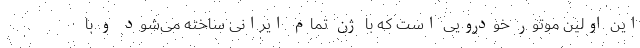
این اولین موتور خودرویی است که با ژن تمام ایرانی ساخته می‌شود و با